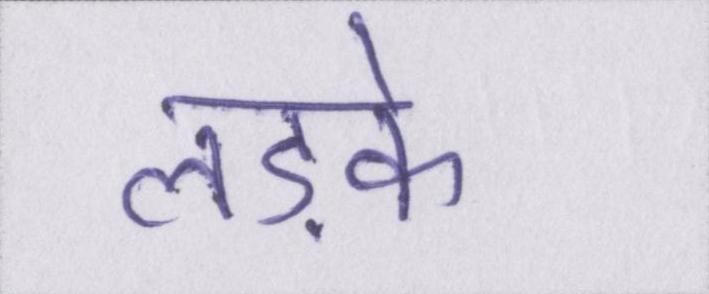
लड़के